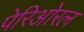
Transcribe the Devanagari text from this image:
पेरिओरल